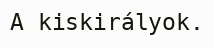
A kiskirályok.